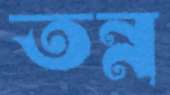
তন্ন